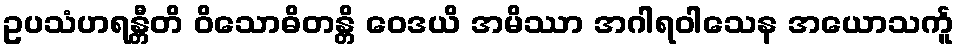
ဥပသံဟရန္တီတိ ဝိသောဓိတန္တိ ဝေဒယိ အမိဿာ အဂါရဝါသေန အယောသင်္ကူ